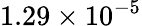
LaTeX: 1.29\times 10^{-5}